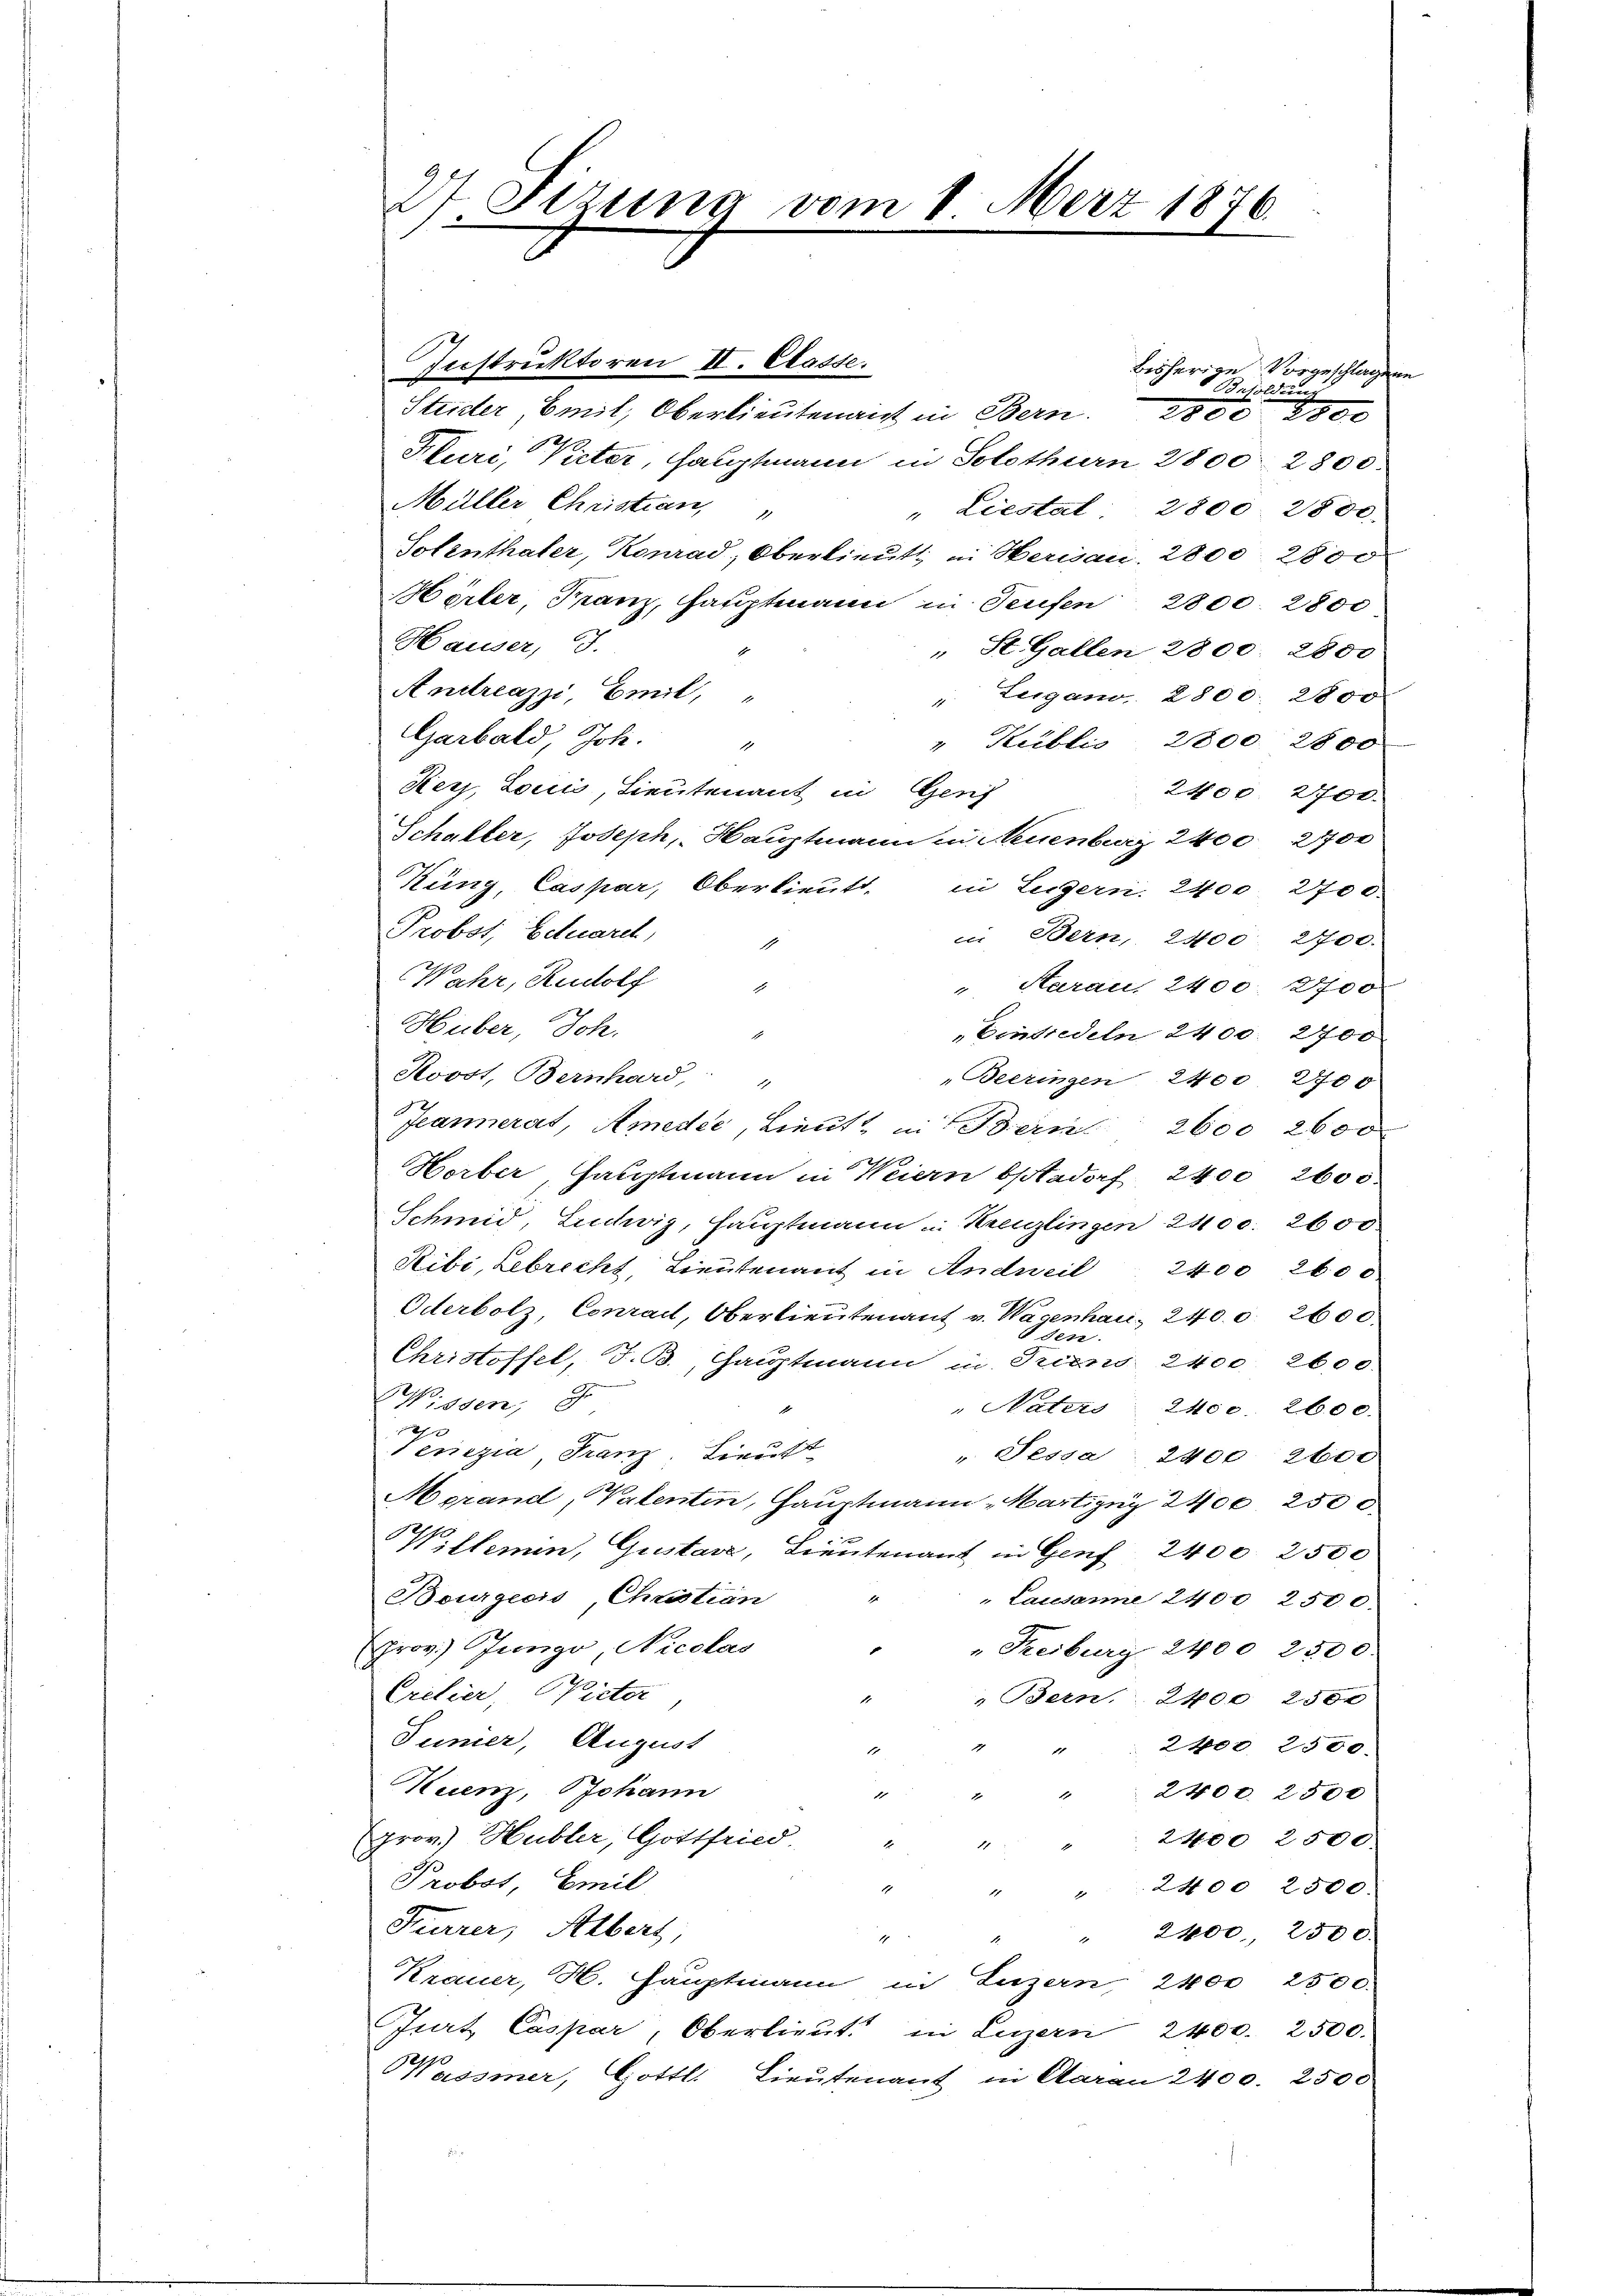
Stzung vom 1. März 1876.
/

Instruktoren II. Casse.
Stizler, Emil, Oberlieutenant in Bern.
Hluri, Vieter, Hauptmann in Solothurn 2800 2800.
Müller Christian,
" Liestat 2800. 2800.
Solenthaler, Konrad, Oberlieutt in Herisau, 2800 2800
Hörter, Franz, Hauptmann in Teufen 2800 2800
Hauser, J.
E
St. Gallen 2800: 2800
Andreazzi, Emil,
 Zugano. 2800; 2800
Garbald, Joh.
" Hiblio, 2800 2800
Kerj, Louis, Lieutenant in Geri
2400 2700.
Schalter, Joseph, Hauptmann in Neuenburg 2400 2700
Küng, Caspar, Oberlieutt in Luzern. 2400. 2700.
Probst, Eduard,
in Bern, 2400. 2700.
1
Wahr, Rudolf
" Aaraus 2400. 2700
1
Huber, Joh.
Einbredeln 2400. 2700
Koost, Bernhard, "
Beeringen 2400 2700
Jeannerat, Amedee, Lieut. in Bern 2600 2600
Horber, Hauptmann in Weiern bstdorf 2400 2600
Schmid, Ludwig, Hauptmann u. Kreuzlingen 2400. 2600
Ribi, Lebrecht, Lieutenant in Andweil 2400 2600.
Oderbolz, Conrait, Oberlieutenant v. Warenhau, 2400. 2600.
sen.
Christoffel, T.B., Hauptmann in Seiens 2400. 2600.
Wissen, 8
 Naters 2400. 2600.
1
x
Venezia, Franz Lieutt
" Sessa, 2400. 2600
Merand, Valenten, Hauptmann Martigny 2400. 2500
Willemen, Gustava, Lieutenant in Genf 2400. 2500
Bourgeois Christian "
Lausanne 2400 2500
(rov. Junge Nicolas
" Freiburg 2400 2500.
Cretier, Witter,
 Bern 2400 2500
Junier, August
2400. 2500.
11
Kuenz, Johann
s
2400. 2500
1
1
prov.) Hubler, Gottfried. "
2400 2500.
2
¬
Probst Emil
17
" 2400 2500.
Furrer, Albert,
" 2400, 2500.
i
Krauer, H. Hauptmann in Luzern 2400 2500
Jurt Caspar, Oberlieŭt. in Luzern 2400. 2500.
assmer, Gottl. Lieutenant in Aaran 2400. 2500

bisherige Vorgeschlagen
 Besoldung
2800. 2800